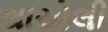
થાચોલી